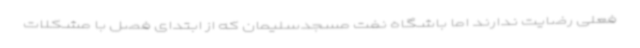
فعلی رضایت ندارند اما باشگاه نفت مسجدسلیمان که از ابتدای فصل با مشکلات